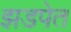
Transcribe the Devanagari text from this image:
झडपेत